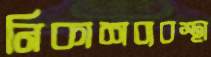
নিকাশব্যবস্থা